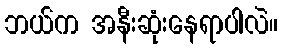
ဘယ်က အနီးဆုံးနေရာပါလဲ။